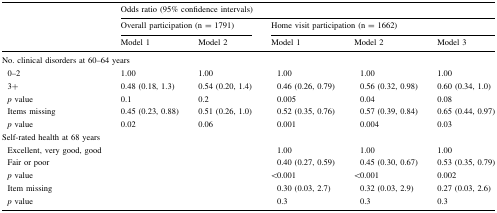
<table><thead><tr><td rowspan="3"></td><td colspan="5"><b>Odds ratio (95% confidence intervals)</b></td></tr><tr><td colspan="2"><b>Overall participation (n = 1791)</b></td><td colspan="3"><b>Home visit participation (n = 1662)</b></td></tr><tr><td><b>Model 1</b></td><td><b>Model 2</b></td><td><b>Model 1</b></td><td><b>Model 2</b></td><td><b>Model 3</b></td></tr></thead><tbody><tr><td colspan="6">No. clinical disorders at 60–64 years</td></tr><tr><td> 0–2</td><td>1.00</td><td>1.00</td><td>1.00</td><td>1.00</td><td>1.00</td></tr><tr><td> 3+</td><td>0.48 (0.18, 1.3)</td><td>0.54 (0.20, 1.4)</td><td>0.46 (0.26, 0.79)</td><td>0.56 (0.32, 0.98)</td><td>0.60 (0.34, 1.0)</td></tr><tr><td> <i>p</i> value</td><td>0.1</td><td>0.2</td><td>0.005</td><td>0.04</td><td>0.08</td></tr><tr><td> Items missing</td><td>0.45 (0.23, 0.88)</td><td>0.51 (0.26, 1.0)</td><td>0.52 (0.35, 0.76)</td><td>0.57 (0.39, 0.84)</td><td>0.65 (0.44, 0.97)</td></tr><tr><td> <i>p</i> value</td><td>0.02</td><td>0.06</td><td>0.001</td><td>0.004</td><td>0.03</td></tr><tr><td colspan="6">Self-rated health at 68 years</td></tr><tr><td> Excellent, very good, good</td><td></td><td></td><td>1.00</td><td>1.00</td><td>1.00</td></tr><tr><td> Fair or poor</td><td></td><td></td><td>0.40 (0.27, 0.59)</td><td>0.45 (0.30, 0.67)</td><td>0.53 (0.35, 0.79)</td></tr><tr><td> <i>p</i> value</td><td></td><td></td><td>&lt;0.001</td><td>&lt;0.001</td><td>0.002</td></tr><tr><td> Item missing</td><td></td><td></td><td>0.30 (0.03, 2.7)</td><td>0.32 (0.03, 2.9)</td><td>0.27 (0.03, 2.6)</td></tr><tr><td> <i>p</i> value</td><td></td><td></td><td>0.3</td><td>0.3</td><td>0.3</td></tr></tbody></table>